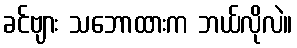
ခင်ဗျား သဘောထားက ဘယ်လိုလဲ။